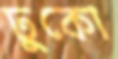
ঢুকো